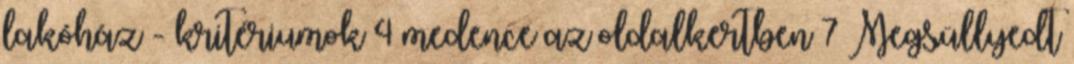
lakóház - kritériumok 4 medence az oldalkertben 7 Megsüllyedt